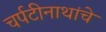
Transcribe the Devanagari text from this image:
चर्पटीनाथांचे